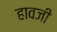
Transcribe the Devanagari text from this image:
हावजी